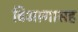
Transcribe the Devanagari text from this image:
विभागासह